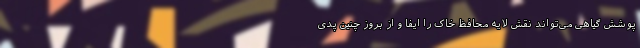
پوشش گیاهی می‌تواند نقش لایه محافظ خاک را ایفا و از بروز چنین پدی